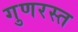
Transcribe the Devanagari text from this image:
गुणरस्त